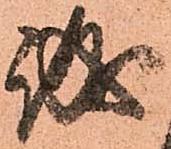
誠